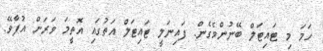
ހަމަ މި ޓައިޓަލް ބޭނުންވެގެން. ފައިނަލީ ޓައިޓަލް އަތުގައި އޮތީމަ ވަރަށް އުފާވޭ.